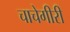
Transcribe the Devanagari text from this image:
चाचेगीरी